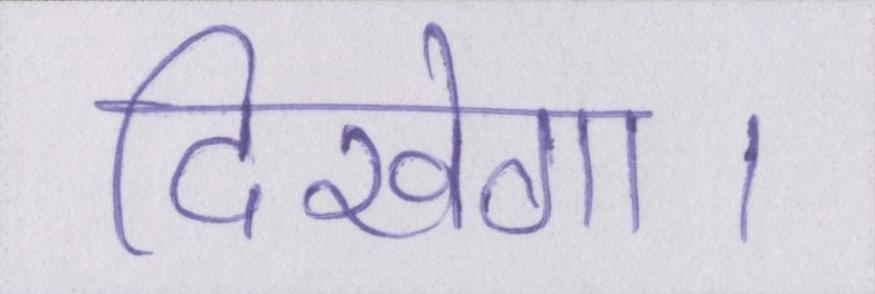
दिखेगा।